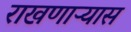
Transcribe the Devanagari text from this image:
राखणाऱ्यास